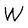
Character: W